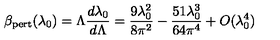
\beta _ { \mathrm { p e r t } } ( \lambda _ { 0 } ) = \Lambda { \frac { d \lambda _ { 0 } } { d \Lambda } } = { \frac { 9 \lambda _ { 0 } ^ { 2 } } { 8 \pi ^ { 2 } } } - { \frac { 5 1 \lambda _ { 0 } ^ { 3 } } { 6 4 \pi ^ { 4 } } } + O ( \lambda _ { 0 } ^ { 4 } )